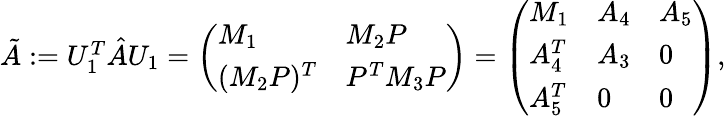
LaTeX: \begin{array}{r}{\tilde{A}:=U_{1}^{T}\hat{A}U_{1}=\left(\begin{array}{ll}{M_{1}}&{M_{2}P}\\ {(M_{2}P)^{T}}&{P^{T}M_{3}P}\end{array}\right)=\left(\begin{array}{lll}{M_{1}}&{A_{4}}&{A_{5}}\\ {A_{4}^{T}}&{A_{3}}&{0}\\ {A_{5}^{T}}&{0}&{0}\end{array}\right),}\end{array}